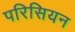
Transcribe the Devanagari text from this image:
परिसियन